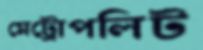
মেট্রোপলিট